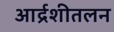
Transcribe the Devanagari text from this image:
आर्द्रशीतलन